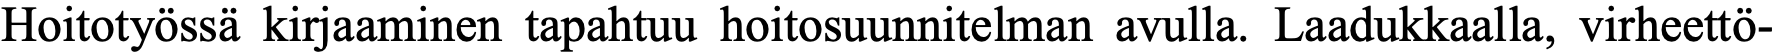
Hoitotyössä kirjaaminen tapahtuu hoitosuunnitelman avulla. Laadukkaalla, virheettö-